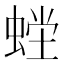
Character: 𰳇